Civil Veterinary Department Bengal reports 1923-33 - 1923-1933
Year: 1923
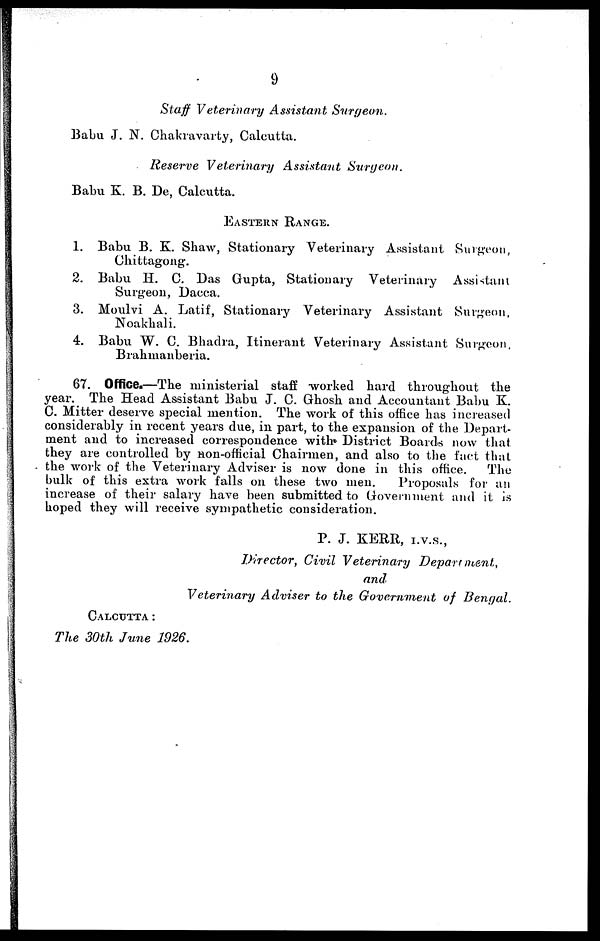
9
Staff Veterinary Assistant
Surgeon.
Babu J. N. Chakravarty, Calcutta.
Reserve Veterinary Assistant
Surgeon.
Babu K. B. De, Calcutta.
EASTERN RANGE.
1. Babu B. K. Shaw, Stationary Veterinary Assistant Surgeon,
Chittagong.
2. Babu H. C. Das Gupta, Stationary Veterinary Assistant
Surgeon, Dacca.
3. Moulvi A. Latif, Stationary Veterinary Assistant Surgeon,
Noakhali.
4. Babu W. C. Bhadra, Itinerant Veterinary Assistant Surgeon,
Bralimanberia.
67. Office.—The ministerial staff worked hard throughout the
year. The Head Assistant Babu J. C. Ghosh and Accountant Babu K.
C. Mitter deserve special mention. The work of this office has increased
considerably in recent years due, in part, to the expansion of the Depart-
ment and to increased correspondence with District Boards now that
they are controlled by non-official Chairmen, and also to the fact that
the work of the Veterinary Adviser is now done in this office.
The
bulk of this extra work falls on these two men.
Proposals for an
increase of their salary have been submitted to Government and it is
hoped they will receive sympathetic consideration.
P. J. KERR, I.V.S.,
Director, Civil Veterinary
Department,
and
Veterinary Adviser to the Government of Bengal.
CALCUTTA :
The 30th June 1926.